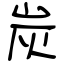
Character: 炭